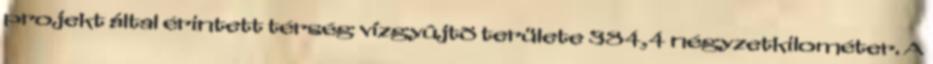
projekt által érintett térség vízgyûjtõ területe 384,4 négyzetkilométer. A